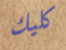
كليك